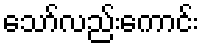
သော်လည်းကောင်း